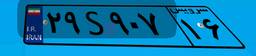
۲۹S۹۰۷۱۶